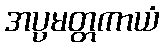
အပ္ပမတ္တကာယံ